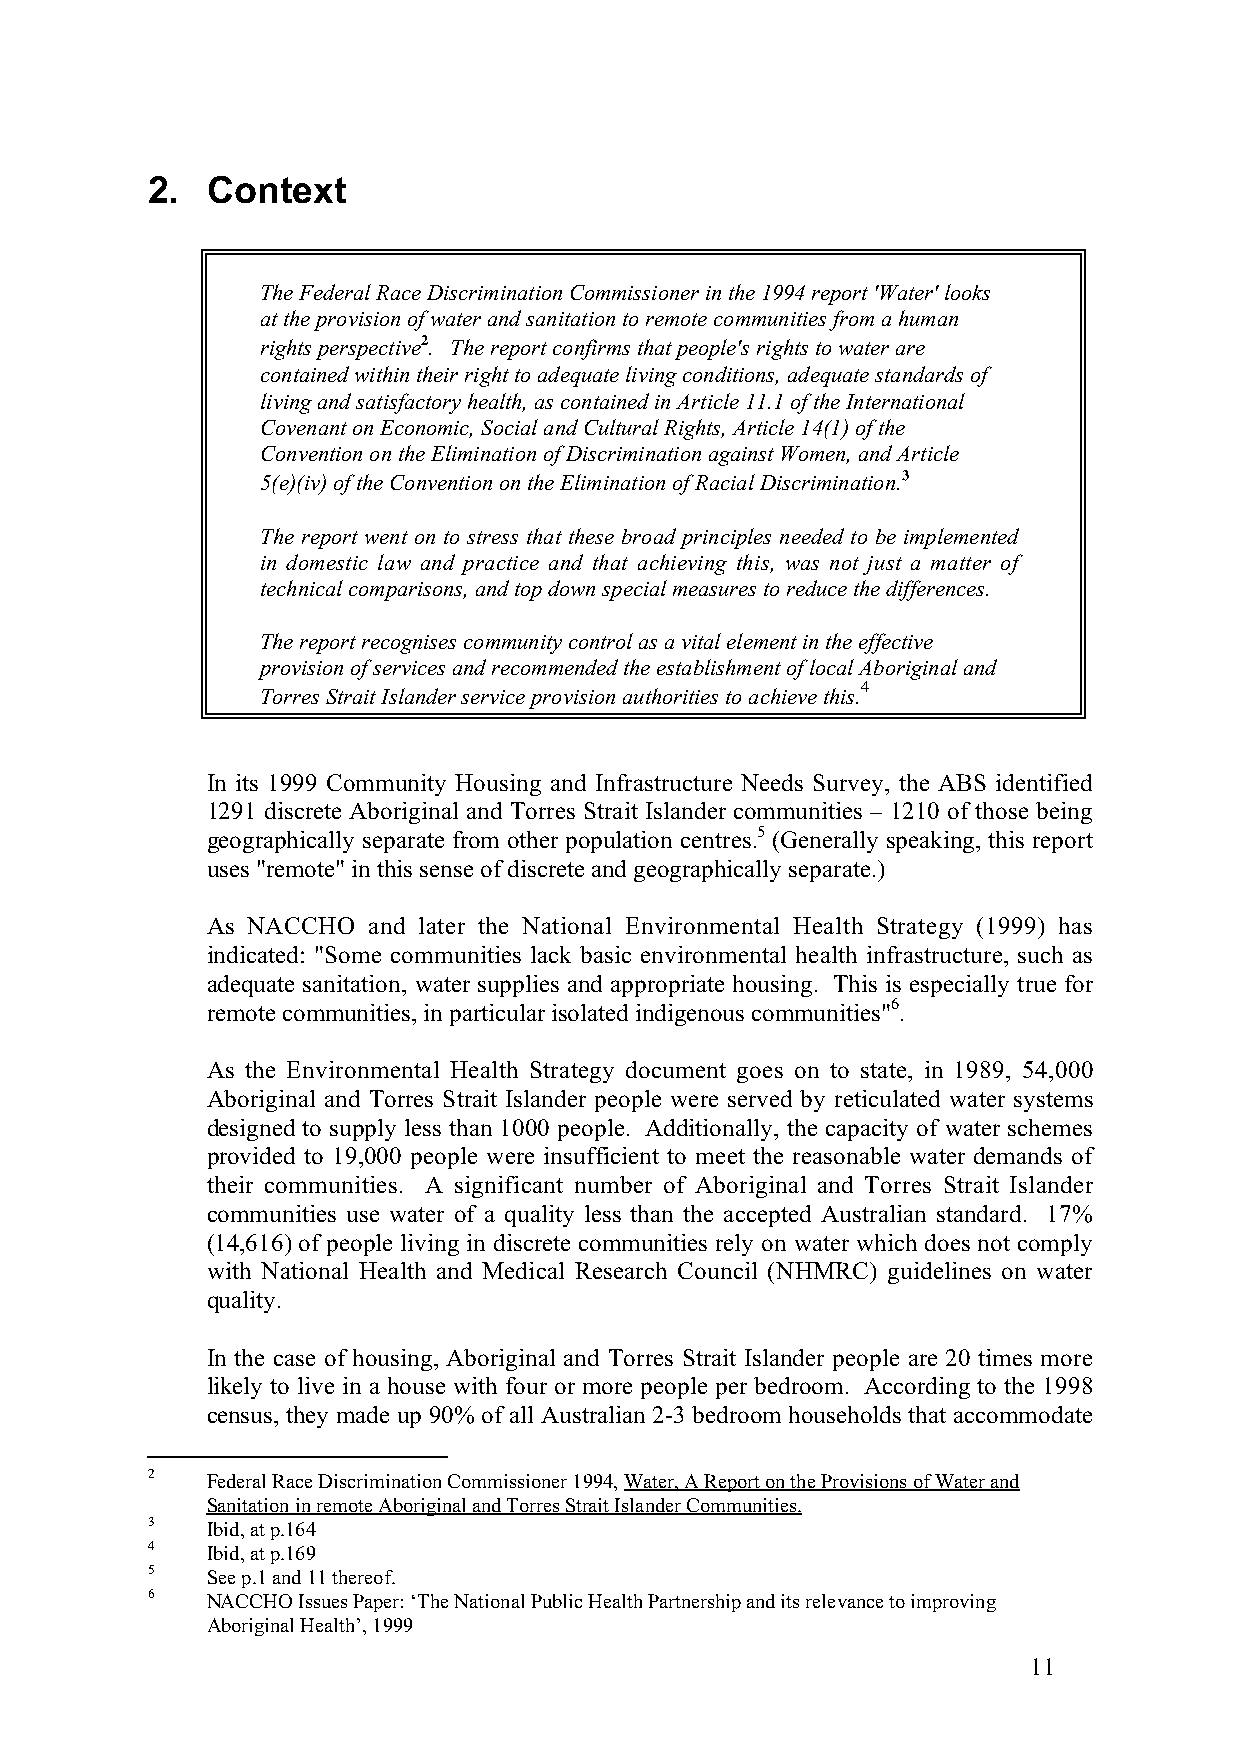
2.  Context
 The Federal Race Discrimination Commissioner in the 1994 report 'Water' looks
 at the provision of water and sanitation to remote communities from a human
 rights perspective2. The report confirms that people's rights to water are
 contained within their right to adequate living conditions, adequate standards of
 living and satisfactory health, as contained in Article 11.1 of the International
 Covenant on Economic, Social and Cultural Rights, Article 14(1) of the
 Convention on the Elimination of Discrimination against Women, and Article
 5(e)(iv) of the Convention on the Elimination of Racial Discrimination.3
 The report went on to stress that these broad principles needed to be implemented
 in domestic law and practice and that achieving this, was not just a matter of
 technical comparisons, and top down special measures to reduce the differences.
 The report recognises community control as a vital element in the effective
 provision of services and recommended the establishment of local Aboriginal and
 4
 Torres Strait Islander service provision authorities to achieve this.
 In its 1999 Community Housing and Infrastructure Needs Survey, the ABS identified
 1291 discrete Aboriginal and Torres Strait Islander communities – 1210 of those being
 geographically separate from other population centres.5 (Generally speaking, this report
 uses "remote" in this sense of discrete and geographically separate.)
 As NACCHO and later the National Environmental Health Strategy (1999) has
 indicated: "Some communities lack basic environmental health infrastructure, such as
 adequate sanitation, water supplies and appropriate housing. This is especially true for
 remote communities, in particular isolated indigenous communities"6.
 As the Environmental Health Strategy document goes on to state, in 1989, 54,000
 Aboriginal and Torres Strait Islander people were served by reticulated water systems
 designed to supply less than 1000 people. Additionally, the capacity of water schemes
 provided to 19,000 people were insufficient to meet the reasonable water demands of
 their communities. A significant number of Aboriginal and Torres Strait Islander
 communities use water of a quality less than the accepted Australian standard. 17%
 (14,616) of people living in discrete communities rely on water which does not comply
 with National Health and Medical Research Council (NHMRC) guidelines on water
 quality.
 In the case of housing, Aboriginal and Torres Strait Islander people are 20 times more
 likely to live in a house with four or more people per bedroom. According to the 1998
 census, they made up 90% of all Australian 2-3 bedroom households that accommodate
 2   Federal Race Discrimination Commissioner 1994, Water, A Report on the Provisions of Water and
 Sanitation in remote Aboriginal and Torres Strait Islander Communities.
 3   Ibid, at p.164
 4   Ibid, at p.169
 5   See p.1 and 11 thereof.
 6   NACCHO Issues Paper: ‘The National Public Health Partnership and its relevance to improving
 Aboriginal Health’, 1999
 11